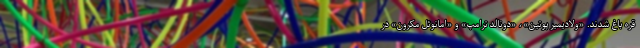
قره باغ شدند. «ولادیمیر پوتین»، «دونالد ترامپ» و «امانوئل مکرون» در